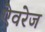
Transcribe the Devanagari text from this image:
ऐवरेज